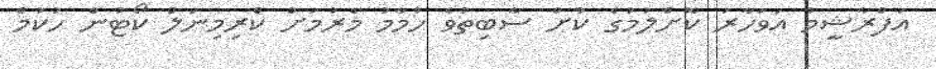
އަފްރާޝީމް އަވަހާރަ ކޮށްލުމުގެ ކުށް ސާބިތުވެ ހުމާމު މެރުމަށް ކްރިމިނަލް ކޯޓުން ހުކުމް